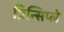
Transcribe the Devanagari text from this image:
प्रिन्सिप्ले